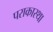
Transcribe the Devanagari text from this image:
पराकास्था